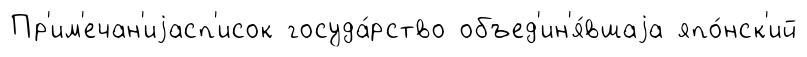
Пр'им'ечан'иjасп'исок госуда́рство объед'ин'я́вшаjа япо́нск'ий